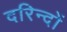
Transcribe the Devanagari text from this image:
दरिन्‍दों